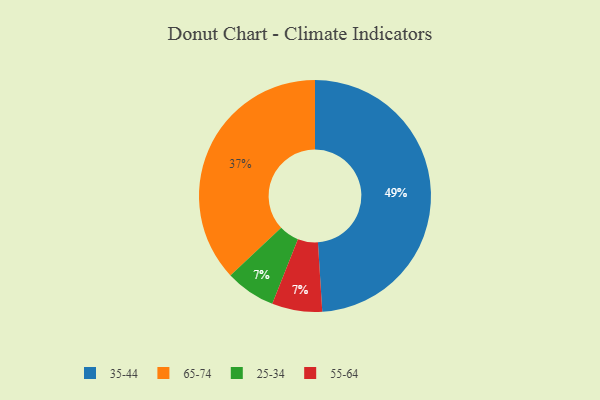
{"axis": {"x": "Category", "y": "Percentage"}, "legend": ["25-34", "35-44", "55-64", "65-74"], "data": [{"x": "65-74", "y": 37, "type": "65-74"}, {"x": "25-34", "y": 7, "type": "25-34"}, {"x": "35-44", "y": 49, "type": "35-44"}, {"x": "55-64", "y": 7, "type": "55-64"}]}